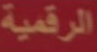
الرقمية